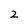
Character: 2